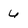
Character: 6